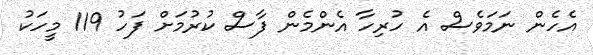
އެހެން ނަމަވެސް އެ ހުރިހާ އެންމެން ފާސް ކުރުމަށް ފަހު 119 މީހަކު